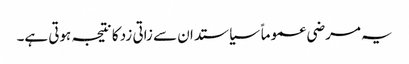
یہ مرضی عموماً سیاستدان سے زاتی زد کا نتیجہ ہوتی ہے۔